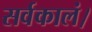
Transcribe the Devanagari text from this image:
सर्वकालं।